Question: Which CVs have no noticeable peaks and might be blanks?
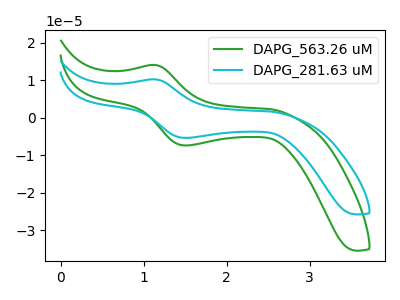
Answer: <think>The green curve "DAPG_563.26 uM" has an anodic peak at (1.15V, 14.05uA) and a cathodic peak at (1.55V, -7.40uA). The cyan curve "DAPG_281.63 uM" has an anodic peak at (1.15V, 10.25uA) and a cathodic peak at (1.55V, -5.40uA).</think>
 <answer>There are not any CV's on this graph that are likely to be blanks.</answer>
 <eval>none</eval>